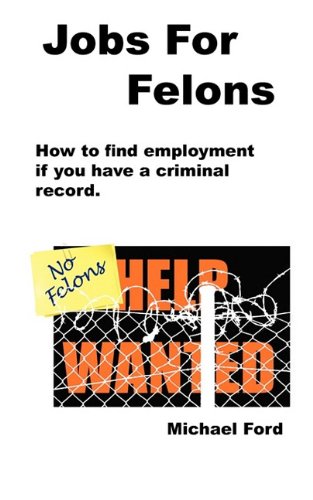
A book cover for Jobs For Felons; Michael Ford; Business & Money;